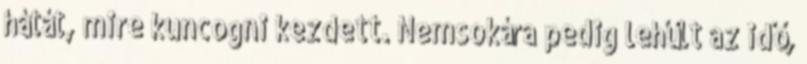
hátát, mire kuncogni kezdett. Nemsokára pedig lehűlt az idő,